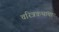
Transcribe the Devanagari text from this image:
चरित्रकथांचा